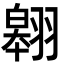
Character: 翱